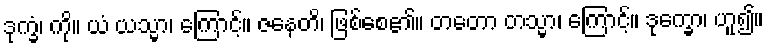
ဒုက္ခံ၊ ကို။ ယံ ယသ္မာ၊ ကြောင့်။ ဇနေတိ၊ ဖြစ်စေ၏။ တတော တသ္မာ၊ ကြောင့်။ ဒုက္ခော၊ ဟူ၍။